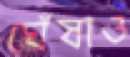
ঘেঁষাও